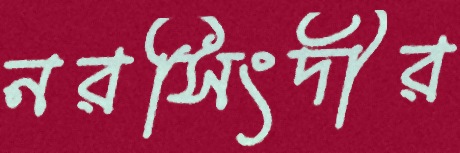
নরসিংদীর